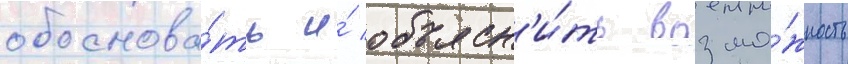
обоснова́ть и́ объясн'и́ть возмо́жность